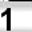
Digit: 1